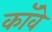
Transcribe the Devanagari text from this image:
कॉवे